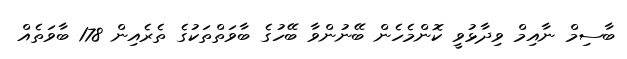
ބާސިމް ނާއިމް ވިދާޅުވީ ކޮންމެހެން ބޭނުންވާ ބޭހުގެ ބާވަތްތަކުގެ ތެރެއިން 178 ބާވަތެއް